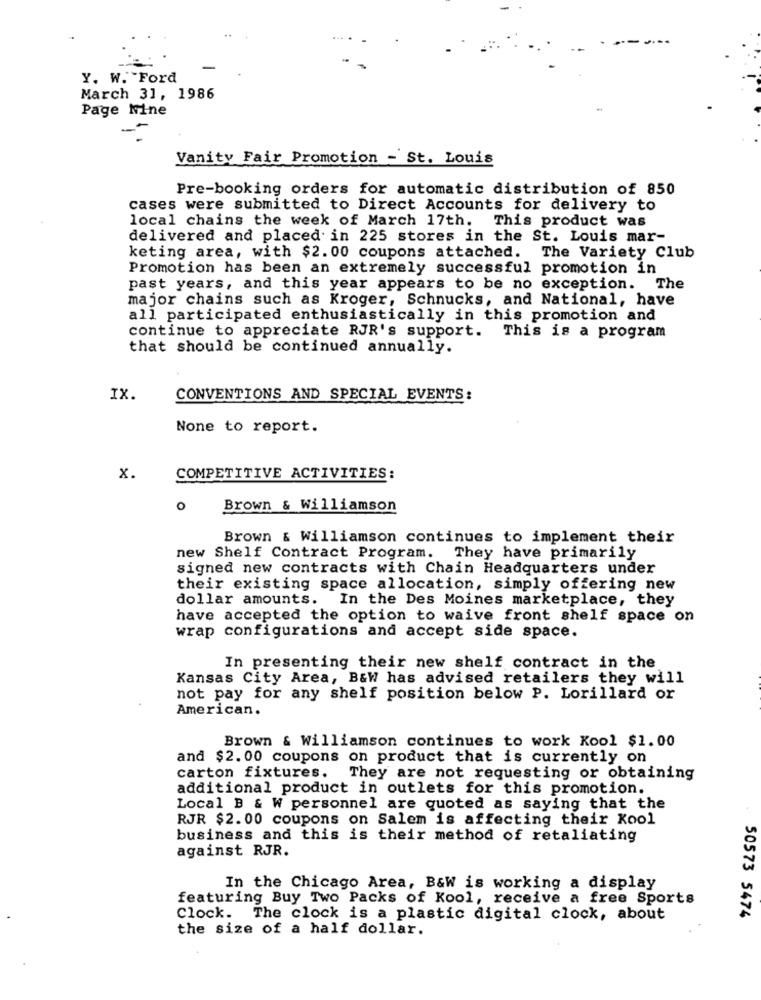
Y. W. Ford
March 31, 1986
Page Nine
Vanity Fair Promotion - St. Louis
Pre-booking orders for automatic distribution of 850
cases were submitted to Direct Accounts for delivery to
local chains the week of March 17th. This product was
delivered and placed in 225 stores in the St. Louis mar-
keting area, with $2.00 coupons attached. The Variety Club
Promotion has been an extremely successful promotion in
past years, and this year appears to be no exception. The
major chains such as Kroger, Schnucks, and National, have
all participated enthusiastically in this promotion and
continue to appreciate RJR's support. This is a program
that should be continued annually.
IX.
CONVENTIONS AND SPECIAL EVENTS:
None to report.
x.
COMPETITIVE ACTIVITIES:
o
Brown & Williamson
Brown & Williamson continues to implement their
new Shelf Contract Program.
They have primarily
signed new contracts with Chain Headquarters under
their existing space allocation, simply offering new
dollar amounts. In the Des Moines marketplace, they
have accepted the option to waive front shelf space on
wrap configurations and accept side space.
In presenting their new shelf contract in the
Kansas City Area, B&W has advised retailers they will
not pay for any shelf position below P. Lorillard or
American.
Brown & Williamson continues to work Kool $1.00
and $2. 00 coupons on product that is currently on
carton fixtures.
They are not requesting or obtaining
additional product in outlets for this promotion.
Local B & W personnel are quoted as saying that the
RJR $2.00 coupons on Salem is affecting their Kool
business and this is their method of retaliating
against RJR.
In the Chicago Area, B&W is working a display
featuring Buy Two Packs of Kool, receive a free Sports
Clock. The clock is a plastic digital clock, about
50573 5474
the size of a half dollar.